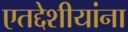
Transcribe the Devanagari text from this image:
एतद्देशीयांना